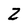
Character: Z